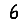
Digit: 6